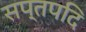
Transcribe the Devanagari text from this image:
सप्तपदि